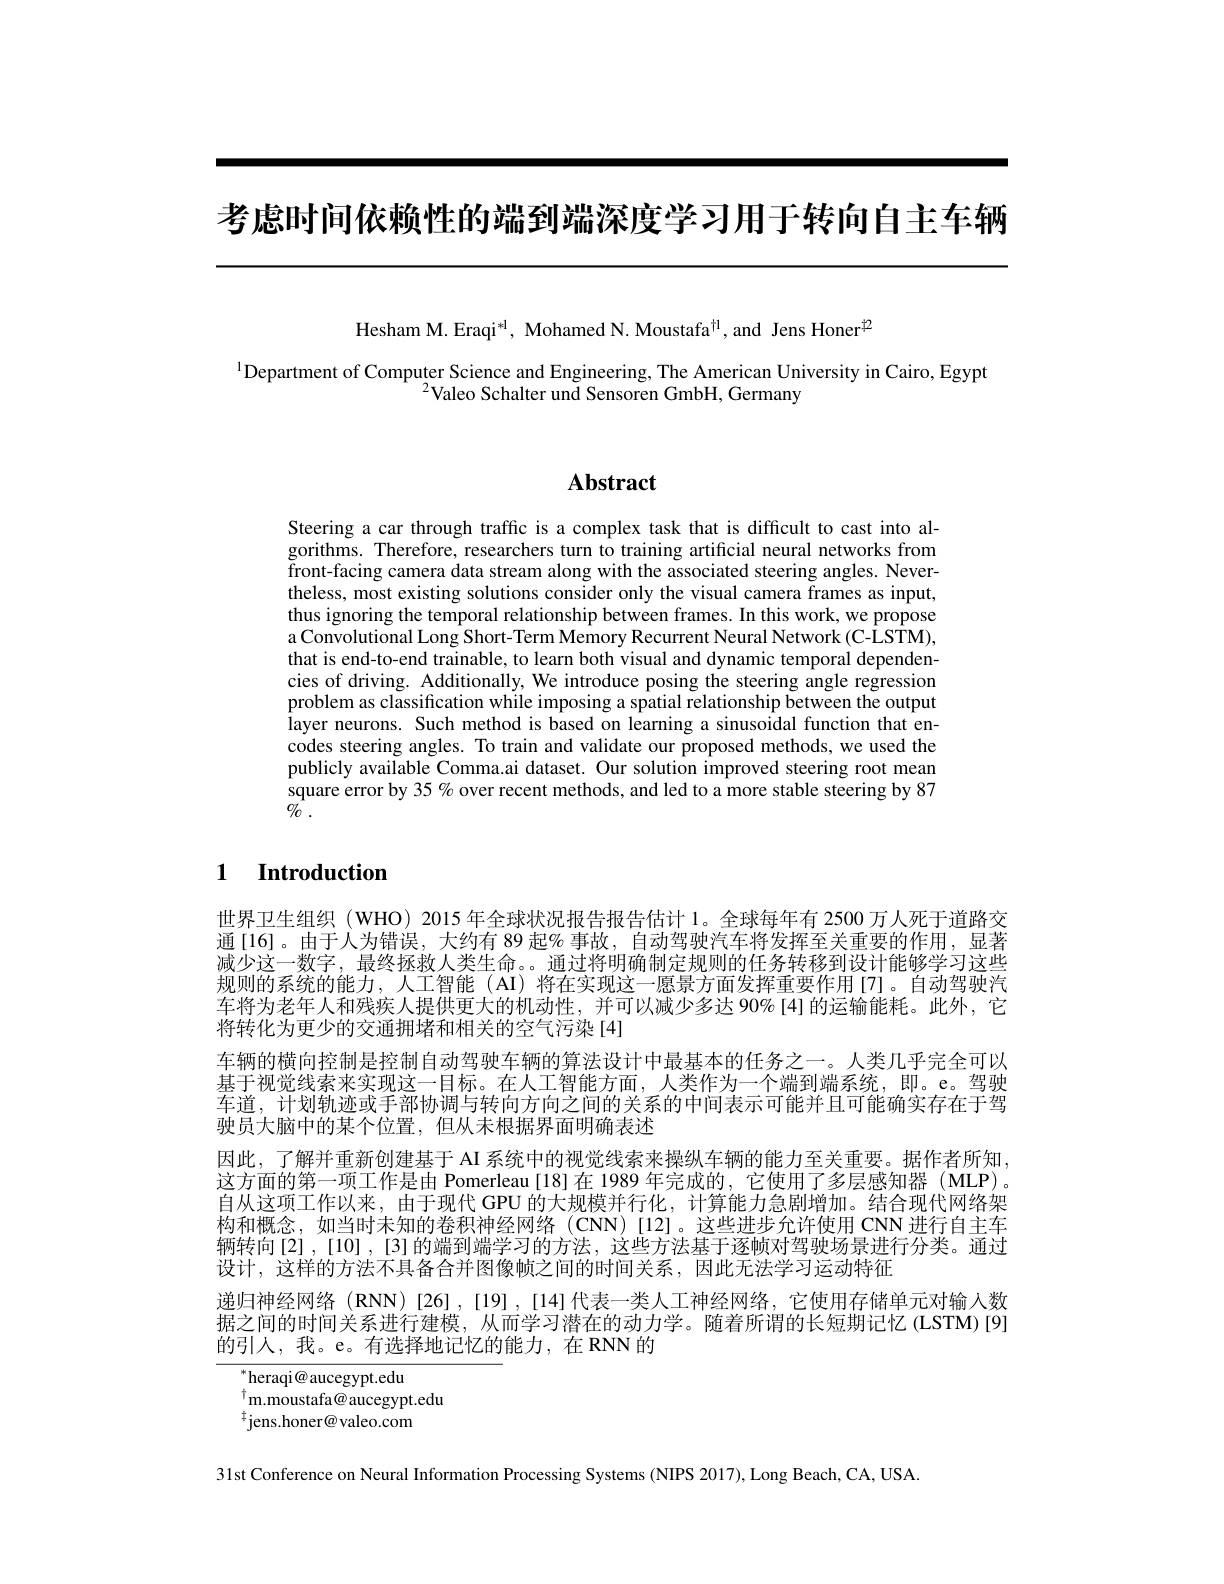
考虑时间依赖性的端到端深度学习用于转向自主车辆

Hesham M. Eraqi$^*$, Mohamed N. Moustafa$^\dagger$l,and Jens Honer$^{[2]}$

$^{1}$Department of Computer Science and Engineering, The American University in Cairo, Egypt
$^{2}$Valeo Schalter und Sensoren GmbH, Germany

# Abstract

Steering a car through traffic is a complex task that is difficult to cast into algorithms. Therefore, researchers turn to training artificial neural networks from front-facing camera data stream along with the associated steering angles. Nevertheless, most existing solutions consider only the visual camera frames as input, thus ignoring the temporal relationship between frames. In this work, we propose a Convolutional Long Short- Term Memory Recurrent Neural Network (C-LSTM), that is end-to-end trainable, to learn both visual and dynamic temporal dependencies of driving. Additionally, We introduce posing the steering angle regression problem as classification while imposing a spatial relationship between the output layer neurons. Such method is based on learning a sinusoidal function that encodes steering angles. To train and validate our proposed methods, we used the publicly available Comma.ai dataset. Our solution improved steering root mean square error by 35% over recent methods, and led to a more stable steering by 87 $\%$ .

## 1 Introduction

世界卫生组织 (WHO) 2015 年全球状况报告报告估计 1。全球每年有 2500 万人死于道路交通[16]。由于人为错误，大约有 89 起% 事故，自动驾驶汽车将发挥至关重要的作用，显著减少这一数字，最终拯救人类生命。。通过将明确制定规则的任务转移到设计能够学习这些规则的系统的能力，人工智能 (AI) 将在实现这一愿景方面发挥重要作用[7]。自动驾驶汽车将为老年人和残疾人提供更大的机动性，并可以减少多达 90%[4]的运输能耗。此外，它将转化为更少的交通拥堵和相关的空气污染[4]
车辆的横向控制是控制自动驾驶车辆的算法设计中最基本的任务之一。人类几乎完全可以基于视觉线索来实现这一目标。在人工智能方面，人类作为一个端到端系统，即。e。驾驶车道，计划轨迹或手部协调与转向方向之间的关系的中间表示可能并且可能确实存在于驾驶员大脑中的某个位置，但从未根据界面明确表述
因此，了解并重新创建基于 AI 系统中的视觉线索来操纵车辆的能力至关重要。据作者所知， 这方面的第一项工作是由 Pomerleau [18]在 1989 年完成的，它使用了多层感知器 (MLP)。自从这项工作以来，由于现代 GPU 的大规模并行化，计算能力急剧增加。结合现代网络架构和概念，如当时未知的卷积神经网络(CNN)[12]。这些进步允许使用 CNN 进行自主车辆转向[2],[10],[3]的端到端学习的方法，这些方法基于逐帧对驾驶场景进行分类。通过设计，这样的方法不具备合并图像帧之间的时间关系，因此无法学习运动特征
递归神经网络(RNN)[26],[19],[14]代表一类人工神经网络，它使用存储单元对输入数据之间的时间关系进行建模，从而学习潜在的动力学。随着所谓的长短期记忆 (LSTM)[9] 的引入，我。e。有选择地记忆的能力，在RNN的

heraqi@ aucegypt.edu
m.moustafa@ aucegypt.edu
$^{\dagger}$jens.honer@valeo.com

31st Conference on Neural Information Processing Systems (NIPS 2017), Long Beach, CA, USA